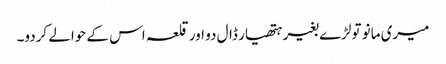
میری مانو تولڑے بغیر ہتھیار ڈال دو اور قلعہ اس کے حوالے کردو۔